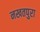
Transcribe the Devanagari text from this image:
नखतपुरा